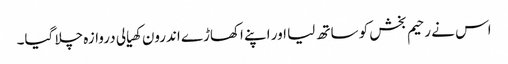
اس نے رحیم بخش کو ساتھ لیا اور اپنے اکھاڑے اندرون کھیالی دروازہ چلا گیا۔